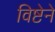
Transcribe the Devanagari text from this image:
विष्टेने